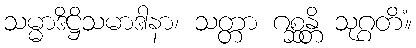
သမ္မာဒိဋ္ဌိသမာဒါနာ၊ သတ္တာ ဂစ္ဆန္တိ သုဂ္ဂတိံ။